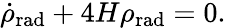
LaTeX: {\dot{\rho}}_{\mathrm{{rad}}}+4H\rho_{\mathrm{{rad}}}=0.